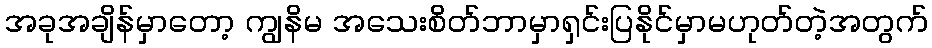
အခုအချိန်မှာတော့ ကျွနိမ အသေးစိတ်ဘာမှာရှင်းပြနိုင်မှာမဟုတ်တဲ့အတွက်